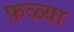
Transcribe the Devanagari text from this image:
फ़ळ्या